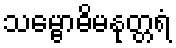
သမ္ဗောဓိမနုတ္တရံ